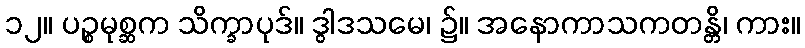
၁၂။ ပဉ္စမုစ္ဆက သိက္ခာပုဒ်။ ဒွါဒသမေ၊ ၌။ အနောကာသကတန္တိ၊ ကား။